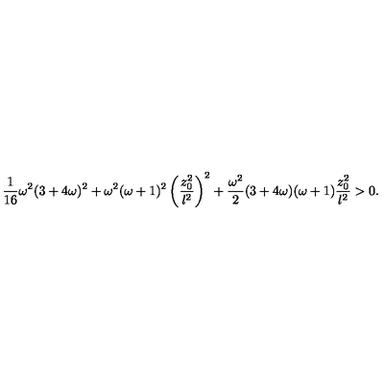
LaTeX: { \frac { 1 } { 1 6 } } \omega ^ { 2 } ( 3 + 4 \omega ) ^ { 2 } + \omega ^ { 2 } ( \omega + 1 ) ^ { 2 } \left( { \frac { z _ { 0 } ^ { 2 } } { l ^ { 2 } } } \right) ^ { 2 } + { \frac { \omega ^ { 2 } } { 2 } } ( 3 + 4 \omega ) ( \omega + 1 ) { \frac { z _ { 0 } ^ { 2 } } { l ^ { 2 } } } > 0 .